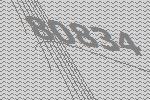
80834